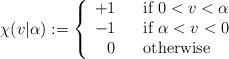
LaTeX: \begin{align*}\chi(v|\alpha):=\left\{\begin{array}{rcl}+1 && \mbox{if $0<v<\alpha$} \\-1 && \mbox{if $\alpha<v<0$} \\ 0 && \mbox{otherwise}\end{array}\right.\end{align*}